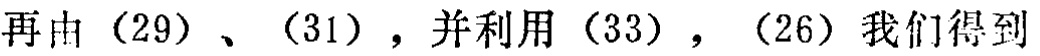
再由（29）、（31），并利用（33），（26）我们得到